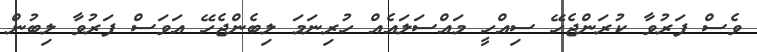
ވެސް ފަރުވާ ކުރަންޖެހޭ ސިއްހީ މައްސަލައެއް ހުރިނަމަ ލިބެންޖެހޭ އަވަސް ފަރުވާ ލިބުން